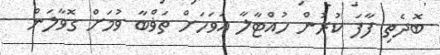
ބޮދެތި ފާފަ ކުރުން ހުއްޓާލާ އަވަހަށް ތަޥްބާ ވުމަށް ގޮވާލަން